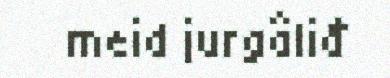
meid jurgâliđ